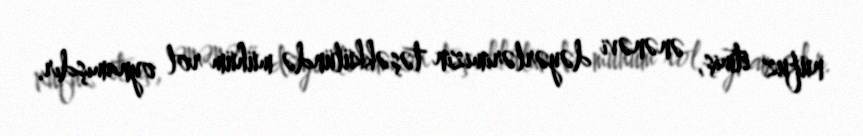
nüfuz etmiş, ənənəvi dəyərlərimizin təşəkkülündə mühüm rol oynamışdır.